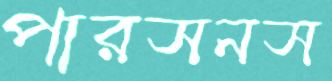
পারসনস